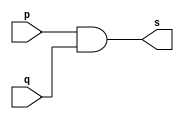
// ------------------------- 
// Exemplo0003 - AND 
// Nome: Pedro Henrique Vilar Locatelli 
// ------------------------- 
// ------------------------- 
// -- and gate 
// -------------------------  
module andgate ( output s, 
                 input p, 
                 input q); 
 assign s = p & q; 
endmodule // andgate 
// --------------------- 
// -- test and gate 
// --------------------- 
module testandgate; 
// ------------------------- dados locais 
  reg a, b; // definir registradores 
  wire s; // definir conexao (fio) 
// ------------------------- instancia 
  andgate AND1 (s, a, b); 
// ------------------------- preparacao 
  initial begin:start 
   a=0; b=0; 
  end 
// ------------------------- parte principal 
  initial begin 
   $display("Exemplo0003 - Pedro Henrique Vilar Locatelli - 427453"); 
   $display("Test AND gate"); 
   $display("\na & b = s\n"); 
   a=0; b=0; 
#1 $display("%b & %b = %b", a, b, s); 
   a=0; b=1; 
#1 $display("%b & %b = %b", a, b, s); 
   a=1; b=0; 
#1 $display("%b & %b = %b", a, b, s); 
   a=1; b=1; 
#1 $display("%b & %b = %b", a, b, s); 
end 
endmodule // testandgate